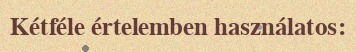
Kétféle értelemben használatos: